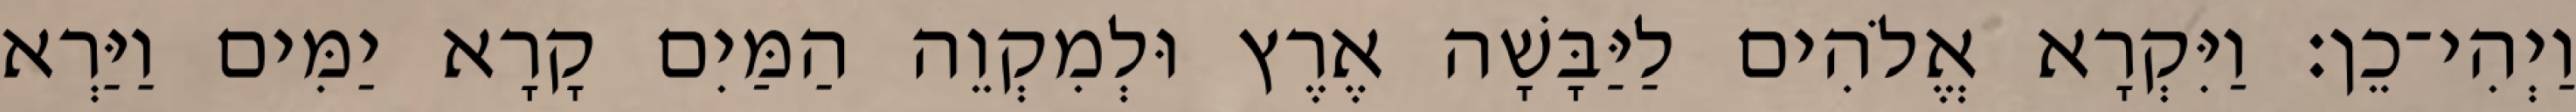
וַיְהִי־כֵן׃ וַיִּקְרָא אֱלֹהִים לַיַּבָּשָׁה אֶרֶץ וּלְמִקְוֵה הַמַּיִם קָרָא יַמִּים וַיַּרְא